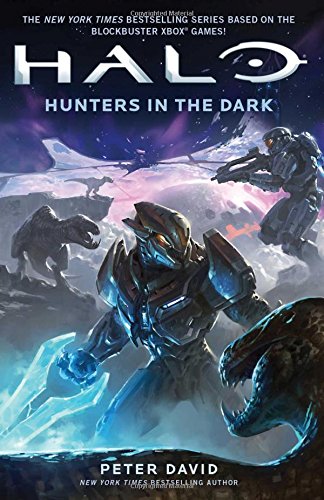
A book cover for Hunters in the Dark (HALO); Peter David; Science Fiction & Fantasy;